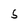
Character: S